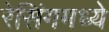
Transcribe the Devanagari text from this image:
रेसिंगमध्ये